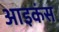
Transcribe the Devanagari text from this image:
आइकंस